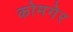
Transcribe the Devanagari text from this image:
कोमगेर